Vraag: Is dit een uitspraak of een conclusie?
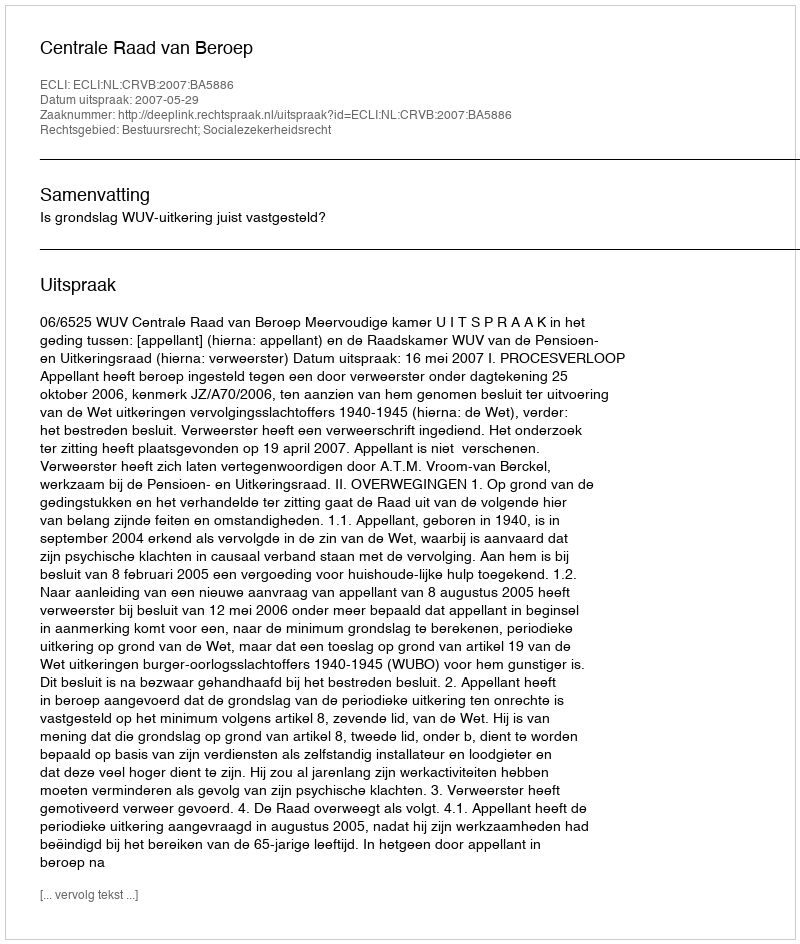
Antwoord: Uitspraak